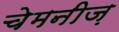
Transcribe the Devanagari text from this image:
चेमनीज़